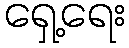
ရှေ့ရေး